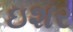
ઇશર